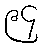
၉၄